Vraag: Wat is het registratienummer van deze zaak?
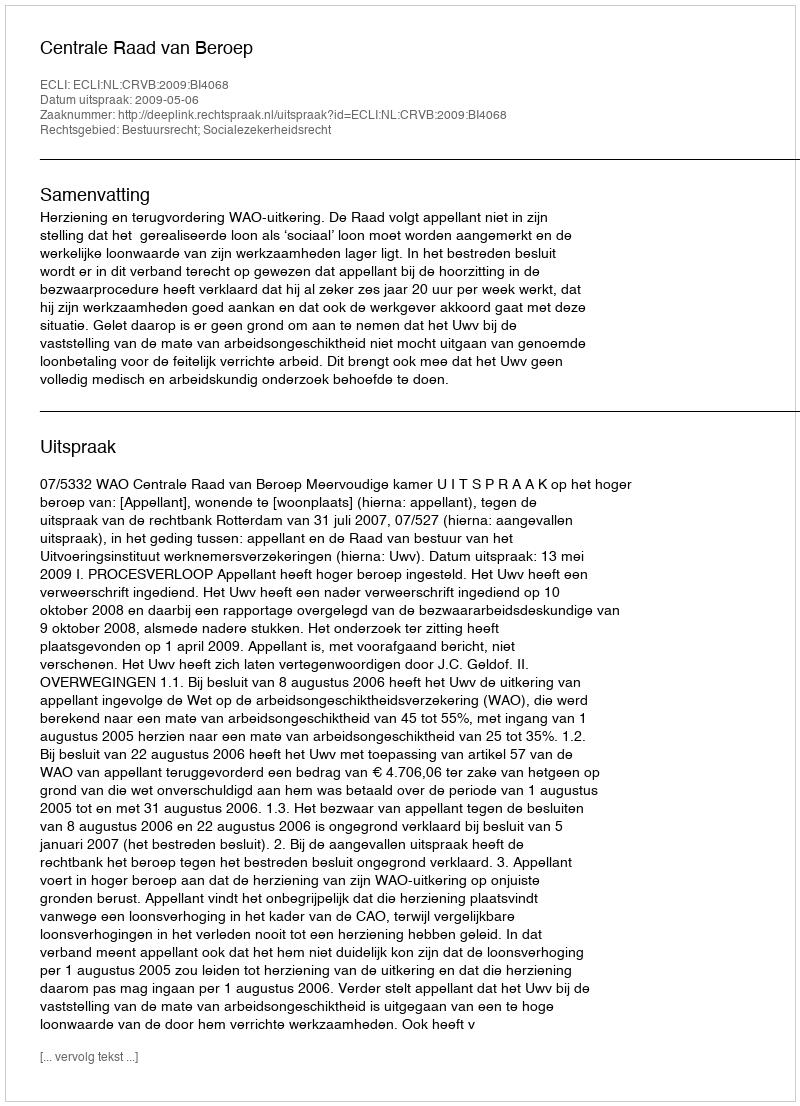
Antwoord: http://deeplink.rechtspraak.nl/uitspraak?id=ECLI:NL:CRVB:2009:BI4068